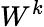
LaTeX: W^{k}